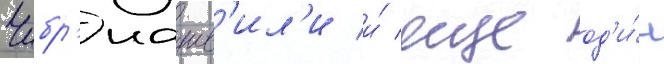
Чибр'иашв'ил'и и́ еще од'и́н